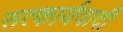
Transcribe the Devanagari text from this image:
सत्कार्यवादी